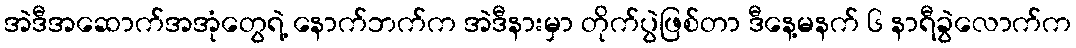
အဲဒီအဆောက်အအုံတွေရဲ့ နောက်ဘက်က အဲဒီနားမှာ တိုက်ပွဲဖြစ်တာ ဒီနေ့မနက် ၆ နာရီခွဲလောက်က